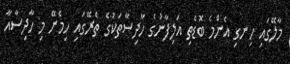
މާލޭގައި ހިނގި އެންމެ ބޮޑެތި އަލިފާނުގެ ހާދިސާތަކުގެ ތެރޭގައި ހިމެނޭ މި ހާދިސާއާ